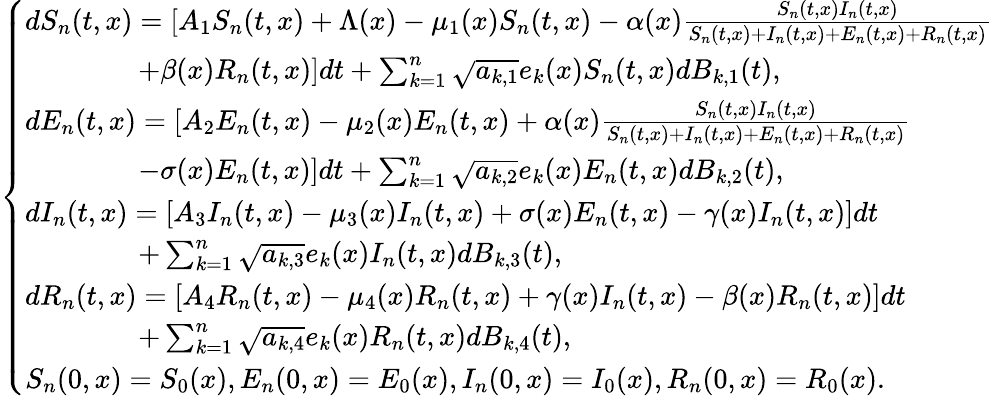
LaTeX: \left\{ \begin{array}{ll}{dS_{n}(t,x)=[A_{1}S_{n}(t,x)+\Lambda(x)-\mu_{1}(x)S_{n}(t,x)-\alpha(x)\frac{S_{n}(t,x)I_{n}(t,x)}{S_{n}(t,x)+I_{n}(t,x)+E_{n}(t,x)+R_{n}(t,x)}}\\ {\quad\quad\quad\quad+\beta(x)R_{n}(t,x)]dt+\sum_{k=1}^{n}\sqrt{a_{k,1}}e_{k}(x)S_{n}(t,x)dB_{k,1}(t),}\\ {dE_{n}(t,x)=[A_{2}E_{n}(t,x)-\mu_{2}(x)E_{n}(t,x)+\alpha(x)\frac{S_{n}(t,x)I_{n}(t,x)}{S_{n}(t,x)+I_{n}(t,x)+E_{n}(t,x)+R_{n}(t,x)}}\\ {\quad\quad\quad\quad-\sigma(x)E_{n}(t,x)]dt+\sum_{k=1}^{n}\sqrt{a_{k,2}}e_{k}(x)E_{n}(t,x)dB_{k,2}(t),}\\ {dI_{n}(t,x)=[A_{3}I_{n}(t,x)-\mu_{3}(x)I_{n}(t,x)+\sigma(x)E_{n}(t,x)-\gamma(x)I_{n}(t,x)]dt}\\ {\quad\quad\quad\quad+\sum_{k=1}^{n}\sqrt{a_{k,3}}e_{k}(x)I_{n}(t,x)dB_{k,3}(t),}\\ {dR_{n}(t,x)=[A_{4}R_{n}(t,x)-\mu_{4}(x)R_{n}(t,x)+\gamma(x)I_{n}(t,x)-\beta(x)R_{n}(t,x)]dt}\\ {\quad\quad\quad\quad+\sum_{k=1}^{n}\sqrt{a_{k,4}}e_{k}(x)R_{n}(t,x)dB_{k,4}(t),}\\ {S_{n}(0,x)=S_{0}(x),E_{n}(0,x)=E_{0}(x),I_{n}(0,x)=I_{0}(x),R_{n}(0,x)=R_{0}(x).}\end{array}\right.